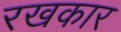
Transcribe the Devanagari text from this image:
रखकार